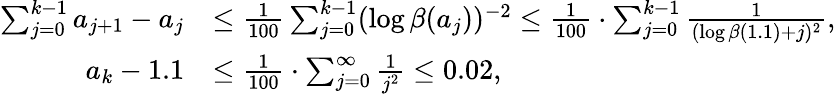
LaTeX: \begin{array}{rl}{\sum_{j=0}^{k-1}a_{j+1}-a_{j}}&{\leq\frac{1}{100}\sum_{j=0}^{k-1}(\log\beta(a_{j}))^{-2}\leq\frac{1}{100}\cdot\sum_{j=0}^{k-1}\frac{1}{(\log\beta(1.1)+j)^{2}},}\\ {a_{k}-1.1}&{\leq\frac{1}{100}\cdot\sum_{j=0}^{\infty}\frac{1}{j^{2}}\leq 0.02,}\end{array}